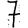
Digit: 7